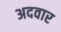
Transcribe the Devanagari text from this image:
अदवार